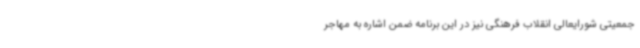
جمعیتی شورایعالی انقلاب فرهنگی نیز در این برنامه ضمن اشاره به مهاجر